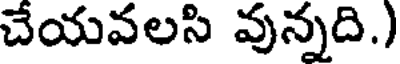
చేయవలసి వున్నది.)